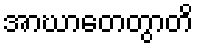
အာဃာတေတွာတိ